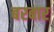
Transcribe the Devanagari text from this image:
बरबार